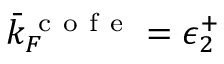
\bar { k } _ { F } ^ { \mathrm { ~ c ~ o ~ f ~ e ~ } } = \epsilon _ { 2 } ^ { + }